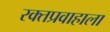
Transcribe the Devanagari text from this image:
रक्तप्रवाहाला